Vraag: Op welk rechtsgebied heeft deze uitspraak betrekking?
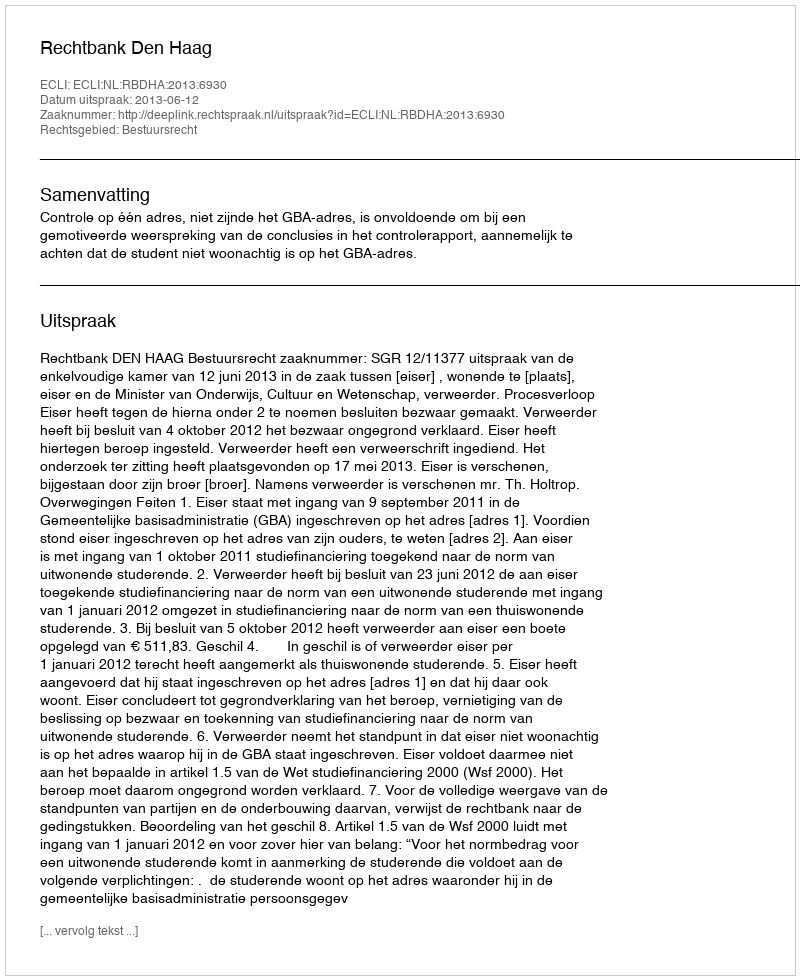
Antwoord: Bestuursrecht